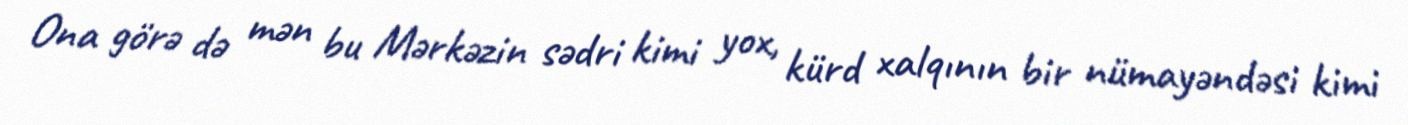
Ona görə də mən bu Mərkəzin sədri kimi yox, kürd xalqının bir nümayəndəsi kimi